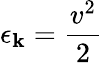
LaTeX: \epsilon_{\mathbf{k}}={\frac{{v^{2}}}{{2}}}